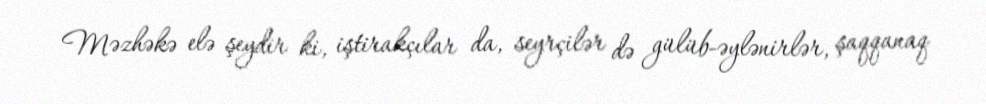
Məzhəkə elə şeydir ki, iştirakçılar da, seyrçilər də gülüb-əylənirlər, şaqqanaq